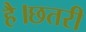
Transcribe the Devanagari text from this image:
है।छतरी